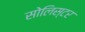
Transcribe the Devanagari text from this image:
सोलिस्टर